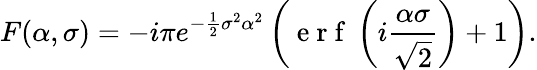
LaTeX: F(\alpha,\sigma)=-i\pi e^{-\frac{1}{2}\sigma^{2}\alpha^{2}}\left(\mathrm{~e~r~f~}\left(i\frac{\alpha\sigma}{\sqrt{2}}\right)+1\right).